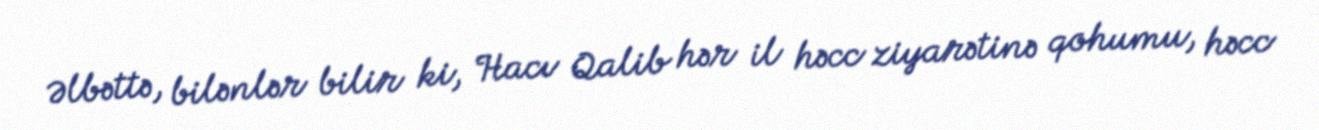
Əlbəttə, bilənlər bilir ki, Hacı Qalib hər il həcc ziyarətinə qohumu, həcc